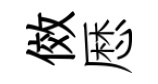
傚厯